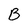
Character: B